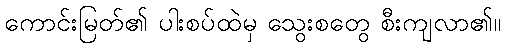
ကောင်းမြတ်၏ ပါးစပ်ထဲမှ သွေးစတွေ စီးကျလာ၏။